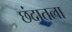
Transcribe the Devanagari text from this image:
छंदातला